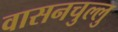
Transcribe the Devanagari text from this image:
वासनचुल्लु